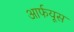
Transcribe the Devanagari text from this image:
आर्फयूस